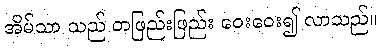
အိမ်သာ သည် တဖြည်းဖြည်း ဝေးဝေး၍ လာသည်။